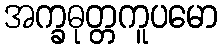
အက္ခဓုတ္တကူပမော